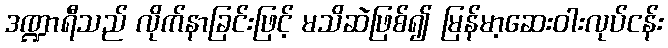
ဒဏ္ဍာရီသည် လိုက်နာခြင်းဖြင့် မသိဆဲဖြစ်၍ မြန်မာ့ဆေးဝါးလုပ်ငန်း